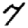
Digit: 7